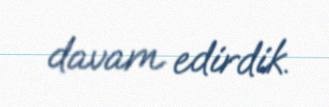
davam edirdik.